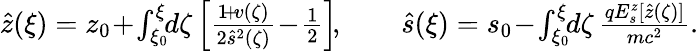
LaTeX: \begin{array}{r}{\hat{z}(\xi)=z_{0}\! +\! \int_{\xi_{0}}^{\xi}\! \! d\zeta\left[\frac{1\! +\! v(\zeta)}{2\hat{s}^{2}(\zeta)}\! -\! \frac 12\right]\! ,\qquad\hat{s}(\xi)=s_{0}\! -\! \int_{\xi_{0}}^{\xi}\! \! d\zeta\, \frac{qE_{s}^{z}[\hat{z}(\zeta)]}{mc^{2}}.}\end{array}